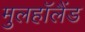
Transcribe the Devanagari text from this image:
मुलहॉलैंड